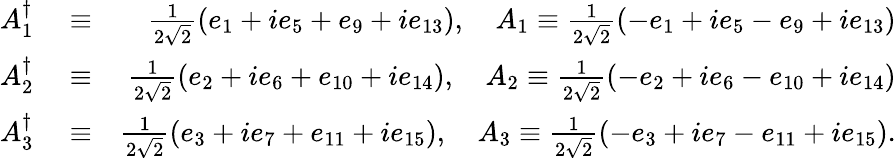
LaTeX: \begin{array}{rlr}{A_{1}^{\dagger}}&{{}\equiv}&{\frac{1}{2\sqrt{2}}(e_{1}+ie_{5}+e_{9}+ie_{13}),\quad A_{1}\equiv\frac{1}{2\sqrt{2}}(-e_{1}+ie_{5}-e_{9}+ie_{13})}\\ {A_{2}^{\dagger}}&{{}\equiv}&{\frac{1}{2\sqrt{2}}(e_{2}+ie_{6}+e_{10}+ie_{14}),\quad A_{2}\equiv\frac{1}{2\sqrt{2}}(-e_{2}+ie_{6}-e_{10}+ie_{14})}\\ {A_{3}^{\dagger}}&{{}\equiv}&{\frac{1}{2\sqrt{2}}(e_{3}+ie_{7}+e_{11}+ie_{15}),\quad A_{3}\equiv\frac{1}{2\sqrt{2}}(-e_{3}+ie_{7}-e_{11}+ie_{15}).}\end{array}